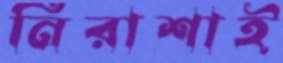
নিরাশাই